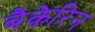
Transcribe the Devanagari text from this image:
बैकेरिन